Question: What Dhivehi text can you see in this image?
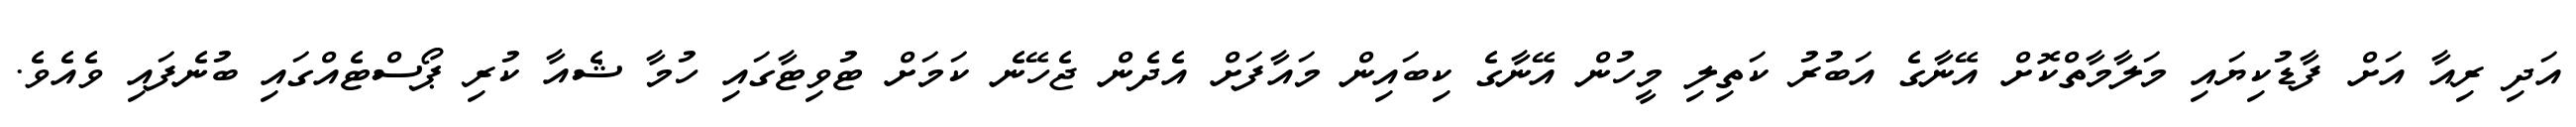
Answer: އަދި ރިއާ އަށް ފާޑުކިޔައި މަލާމާތްކޮށް އޭނާގެ އަބުރު ކަތިލި މީހުން އޭނާގެ ކިބައިން މައާފަށް އެދެން ޖެހޭނެ ކަމަށް ޓުވިޓާގައި ހުމާ ޝެއާ ކުރި ޕޯސްޓެއްގައި ބުނެފައި ވެއެވެ.